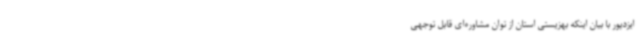
ایزدپور با بیان اینکه بهزیستی استان از توان مشاوره‌ای قابل توجهی